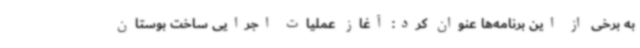
به برخی از این برنامه‌ها عنوان کرد: آغاز عملیات اجرایی ساخت بوستان